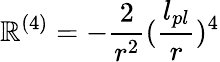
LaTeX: \mathbb{R}^{(4)}=-{\frac{{2}}{{r^{2}}}}({\frac{{l_{pl}}}{{r}}})^{4}